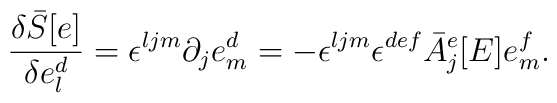
\frac{\delta {\bar S}[e]}{\delta e_l^d}=\epsilon^{ljm}\partial_je_m^d=-\epsilon^{ljm}\epsilon^{def}{\bar A}_j^e[E]e_m^f.